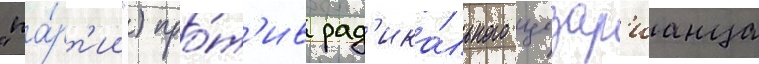
"па́рт'ии") про́т'ив рад'ика́льного цезар'ианца